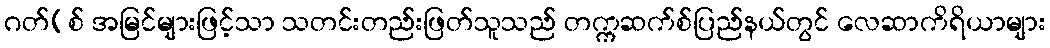
ဂတ်(စ် အမြင်များဖြင့်သာ သတင်းတည်းဖြတ်သူသည် တက္ကဆက်စ်ပြည်နယ်တွင် လေဆာကိရိယာများ